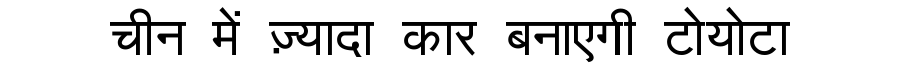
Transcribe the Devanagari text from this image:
चीन में ज़्यादा कार बनाएगी टोयोटा